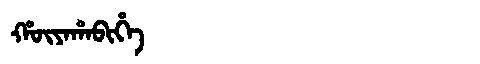
Manchu: ᡥᡡᠶᠠᡥᠠᠪᡳᡥᡝ
Romanization: HŪYAHABIHE